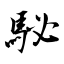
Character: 駜